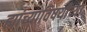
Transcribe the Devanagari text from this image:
ह्यांच्याविषयीच्या